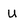
Character: U